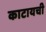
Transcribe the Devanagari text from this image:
काटायची